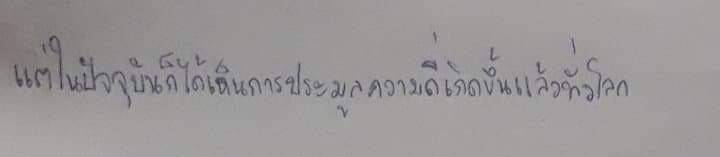
แต่ในปัจจุบันก็ได้เห็นการประมูลความถี่เกิดขึ้นแล้วทั่วโลก